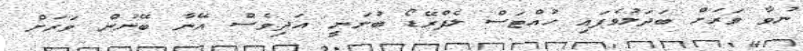
ނުވާ ވަރަށް ބަދަލުވެފައި ހުއްޓަސް ލެފްރޭޑޯ ބުނަނީ އަދިވެސް އޭނާ ބޭނުން ވަރަށް